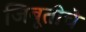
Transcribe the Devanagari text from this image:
जिबूतीचे